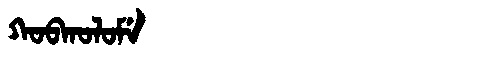
Manchu: ᡴᠣᠪᡴᠣᠯᠣᠮᡝ
Romanization: KOBKOLOME